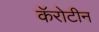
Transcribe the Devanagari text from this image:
कॅरोटीन